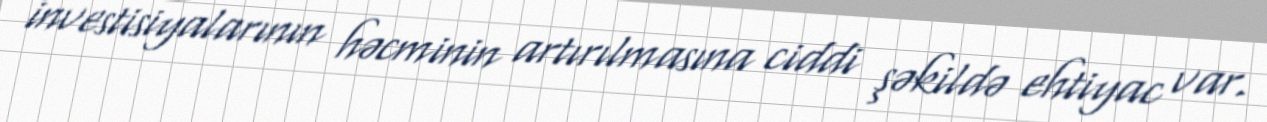
investisiyalarının həcminin artırılmasına ciddi şəkildə ehtiyac var.